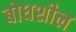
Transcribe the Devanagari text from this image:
बोधशील